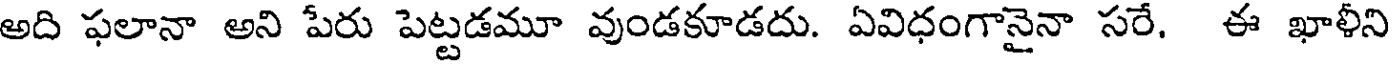
అది ఫలానా అని పేరు పెట్టడమూ వుండకూడదు. ఏవిధంగానైనా సరే, ఈ ఖాళీని